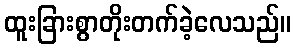
ထူးခြားစွာတိုးတက်ခဲ့လေသည်။